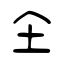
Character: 亼